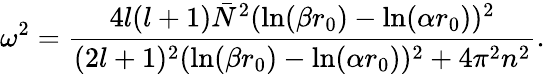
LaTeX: \omega^{2}=\frac{4l(l+1)\bar{N}^{2}(\ln(\beta r_{0})-\ln(\alpha r_{0}))^{2}}{(2l+1)^{2}(\ln(\beta r_{0})-\ln(\alpha r_{0}))^{2}+4\pi^{2}n^{2}}.